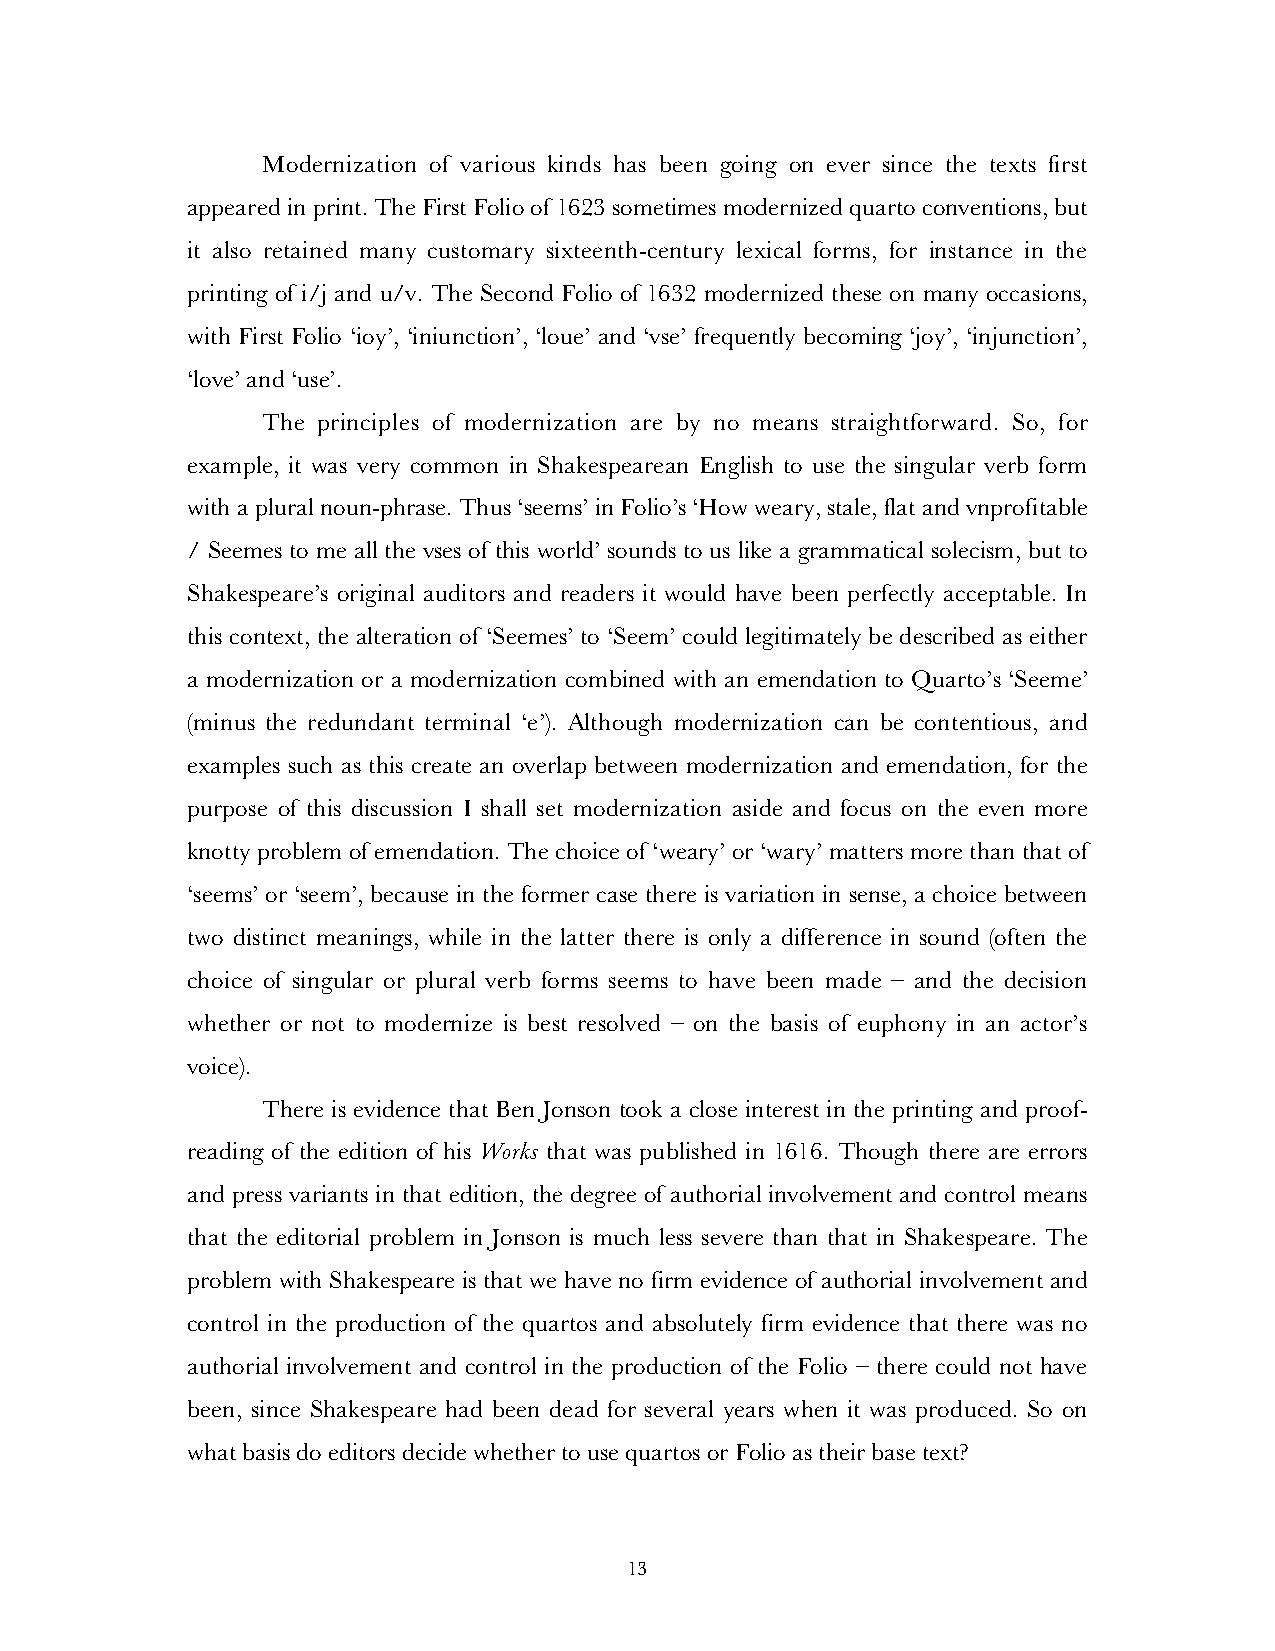
Modernization of various kinds has been going on ever since the texts first
 appeared in print. The First Folio of 1623 sometimes modernized quarto conventions, but
 it also retained many customary sixteenth-century lexical forms, for instance in the
 printing of i/j and u/v. The Second Folio of 1632 modernized these on many occasions,
 with First Folio ‘ioy’, ‘iniunction’, ‘loue’ and ‘vse’ frequently becoming ‘joy’, ‘injunction’,
 ‘love’ and ‘use’.
 The principles of modernization are by no means straightforward. So, for
 example, it was very common in Shakespearean English to use the singular verb form
 with a plural noun-phrase. Thus ‘seems’ in Folio’s ‘How weary, stale, flat and vnprofitable
 / Seemes to me all the vses of this world’ sounds to us like a grammatical solecism, but to
 Shakespeare’s original auditors and readers it would have been perfectly acceptable. In
 this context, the alteration of ‘Seemes’ to ‘Seem’ could legitimately be described as either
 a modernization or a modernization combined with an emendation to Quarto’s ‘Seeme’
 (minus the redundant terminal ‘e’). Although modernization can be contentious, and
 examples such as this create an overlap between modernization and emendation, for the
 purpose of this discussion I shall set modernization aside and focus on the even more
 knotty problem of emendation. The choice of ‘weary’ or ‘wary’ matters more than that of
 ‘seems’ or ‘seem’, because in the former case there is variation in sense, a choice between
 two distinct meanings, while in the latter there is only a difference in sound (often the
 choice of singular or plural verb forms seems to have been made – and the decision
 whether or not to modernize is best resolved – on the basis of euphony in an actor’s
 voice).
 There is evidence that Ben Jonson took a close interest in the printing and proof-
 reading of the edition of his Works that was published in 1616. Though there are errors
 and press variants in that edition, the degree of authorial involvement and control means
 that the editorial problem in Jonson is much less severe than that in Shakespeare. The
 problem with Shakespeare is that we have no firm evidence of authorial involvement and
 control in the production of the quartos and absolutely firm evidence that there was no
 authorial involvement and control in the production of the Folio – there could not have
 been, since Shakespeare had been dead for several years when it was produced. So on
 what basis do editors decide whether to use quartos or Folio as their base text?
 13